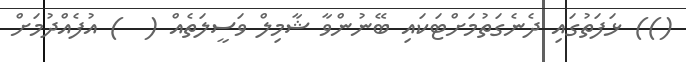
()) ޅަފަތުގައި ދެނެގަތުމަށްޓަކައި ބޭނުންވާ ޝާމިލް ވަސީލަތެއް (  ) އުފެއްދުމަށް